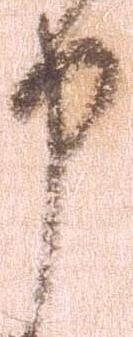
申